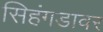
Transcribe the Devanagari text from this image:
सिहंगडावर